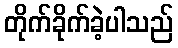
တိုက်ခိုက်ခဲ့ပါသည်